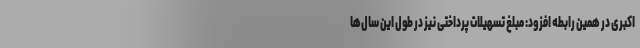
اکبری در همین رابطه افزود: مبلغ تسهیلات پرداختی نیز در طول این سال‌ها